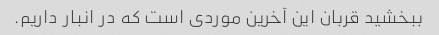
ببخشید قربان این آخرین موردی است که در انبار داریم.